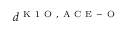
d ^ { \mathrm { ~ K ~ 1 ~ O ~ } , \mathrm { ~ A ~ C ~ E ~ - ~ O ~ } }